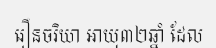
រឿនចរិយា អាយុ៣២ឆ្នាំ ដែល